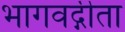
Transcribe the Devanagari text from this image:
भागवद्गीता